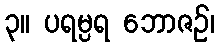
၃။ ပရမ္ပရ ဘောဇဉ်၊